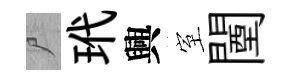
尸玳興室闉